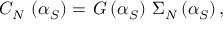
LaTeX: C _ { N } \, \left( \alpha _ { S } \right) = \, G \left( \alpha _ { S } \right) \, \Sigma _ { N } \left( \alpha _ { S } \right) ,